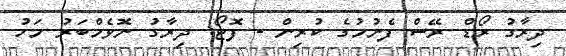
ދިރާގު ރޯޑް ރޭސް ފެށުމުގެ ކުރިން - ފޮޓޯ: ދިރާގު ނޮވެމްބަރު މަހު